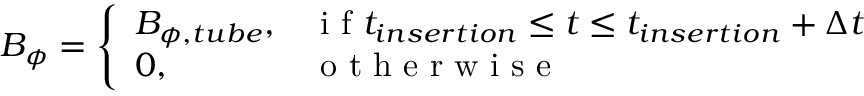
B _ { \phi } = \left\{ \begin{array} { l l } { B _ { \phi , t u b e } , } & { \mathrm { ~ i ~ f ~ } t _ { i n s e r t i o n } \le t \le t _ { i n s e r t i o n } + \Delta t } \\ { 0 , } & { \mathrm { ~ o ~ t ~ h ~ e ~ r ~ w ~ i ~ s ~ e ~ } } \end{array} \right.